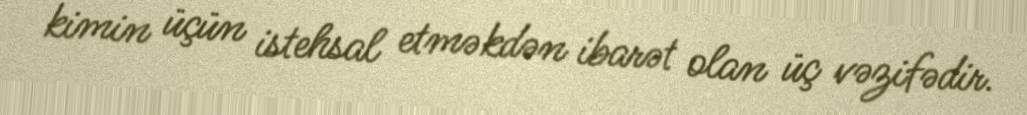
kimin üçün istehsal etməkdən ibarət olan üç vəzifədir.